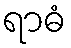
ရာဓံ